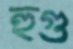
হুগু